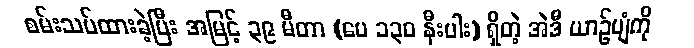
စမ်းသပ်ထားခဲ့ပြီး အမြင့် ၃၉ မီတာ (ပေ ၁၃၀ နီးပါး) ရှိတဲ့ အဲဒီ ယာဉ်ပျံကို